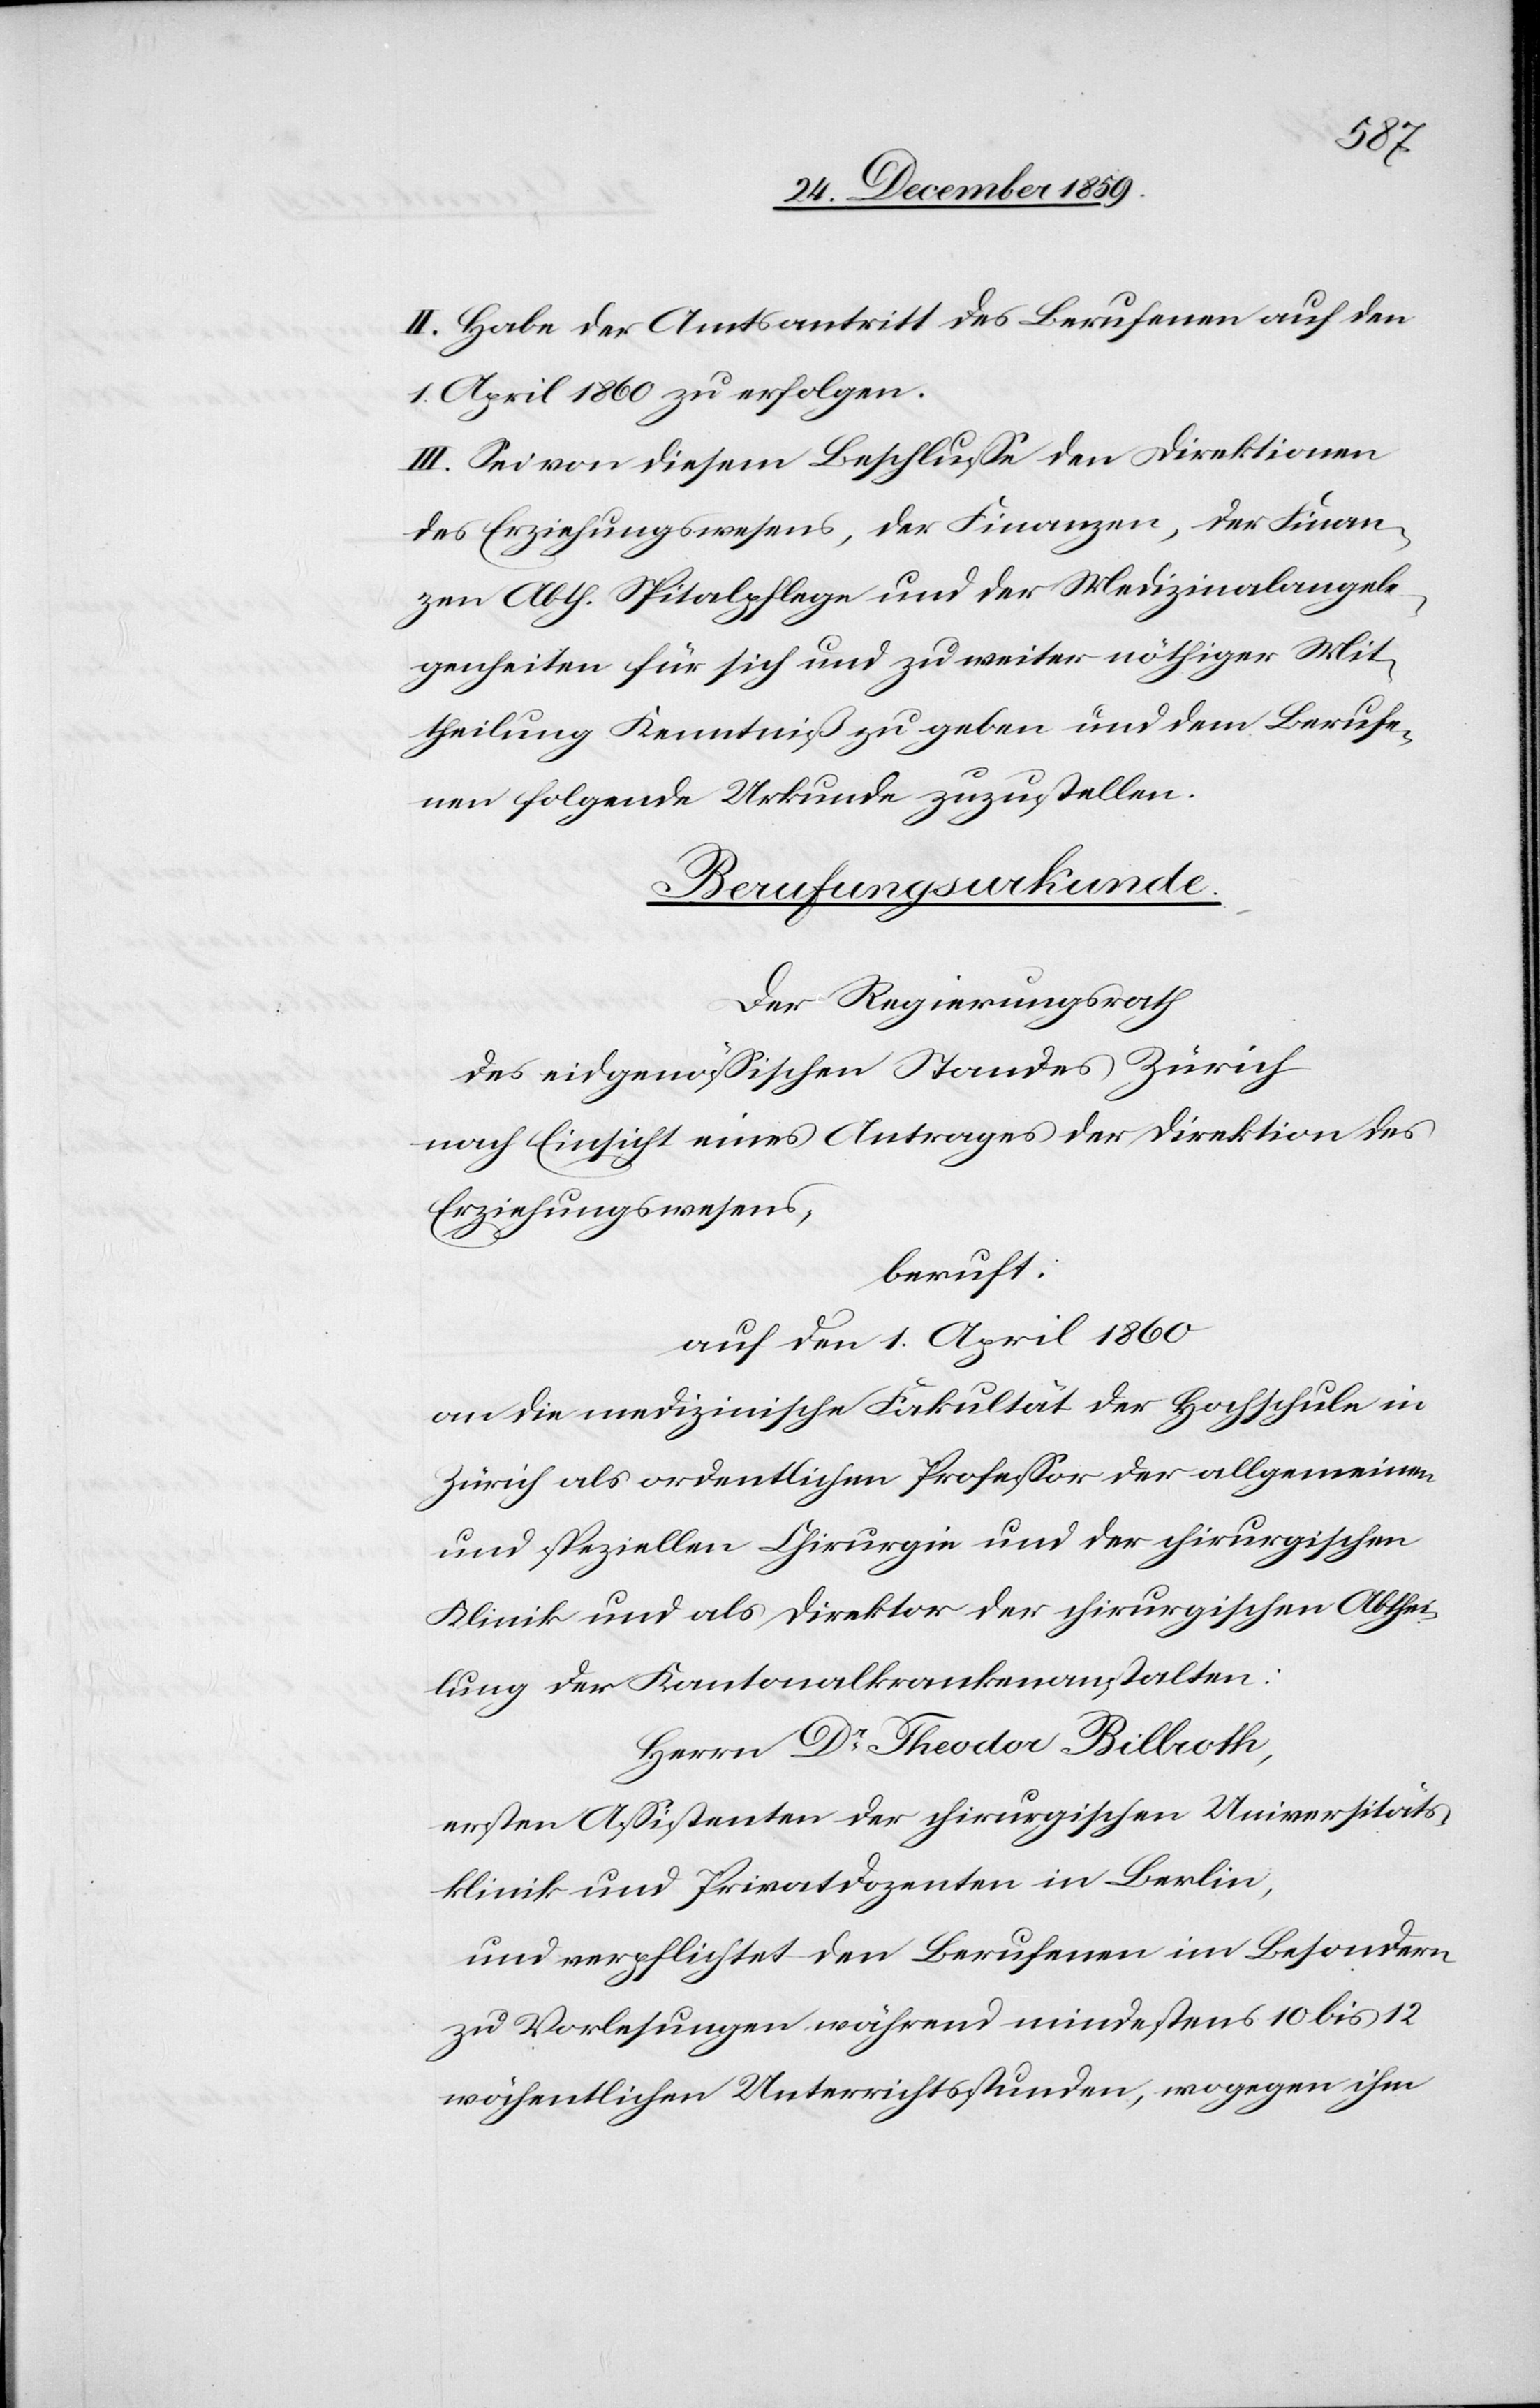
II. Habe der Amtsantritt des Berufenen auf den
1. April 1860 zu erfolgen.
III. Sei von diesem Beschlusse den Direktionen
des Erziehungswesens, der Finanzen, der Finan¬
zen Abth. Spitalpflege und der Medizinalangele¬
genheiten für sich und zu weiter nöthiger Mit¬
theilung Kenntniß zu geben und dem Berufe¬
nen folgende Urkunde zuzustellen.
Berufungsurkunde.
Der Regierungsrath
des eidgenössischen Standes Zürich
nach Einsicht eines Antrages der Direktion des
Erziehungswesens,
beruft:
auf den 1. April 1860
an die medizinische Fakultät der Hochschule in
Zürich als ordentlichen Professor der allgemeinen
und speziellen Chirurgie und der chirurgischen
Klinik und als Direktor der chirurgischen Abthei¬
lung der Kantonalkrankenanstalten:
Herrn Dr Theodor Billroth,
ersten Assistenten der chirurgischen Universitäts¬
klinik und Privatdozenten in Berlin,
und verpflichtet den Berufenen im Besondern
zu Vorlesungen während mindestens 10 bis 12
wöchentlichen Unterrichtsstunden, wogegen ihm